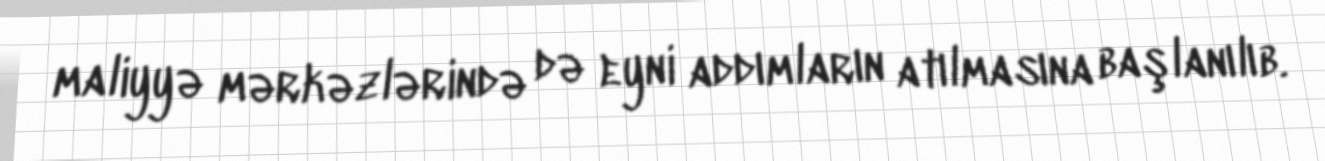
maliyyə mərkəzlərində də eyni addımların atılmasına başlanılıb.